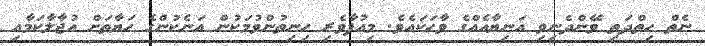
ނެތް ހިތްދަތި ވޭންދެނިވި އަނިޔާއެއްގެ ވާހަކައެވެ. މިއުފާވެރި ހިނިތުންވުމަކުން އަނެކުންގެ ހަޔާތަށް އުޖާލާކަމާއި